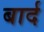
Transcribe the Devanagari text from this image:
बार्द